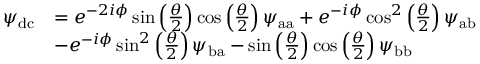
\begin{array} { r l } { \psi _ { \mathrm { d c } } } & { = e ^ { - 2 i \phi } \sin \left( \frac { \theta } { 2 } \right) \cos \left( \frac { \theta } { 2 } \right) \psi _ { \mathrm { a a } } + e ^ { - i \phi } \cos ^ { 2 } \left( \frac { \theta } { 2 } \right) \psi _ { \mathrm { a b } } } \\ & { - e ^ { - i \phi } \sin ^ { 2 } \left( \frac { \theta } { 2 } \right) \psi _ { \mathrm { b a } } - \sin \left( \frac { \theta } { 2 } \right) \cos \left( \frac { \theta } { 2 } \right) \psi _ { \mathrm { b b } } } \end{array}